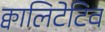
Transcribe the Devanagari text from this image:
क्वालिटेटिव